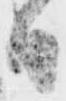
日